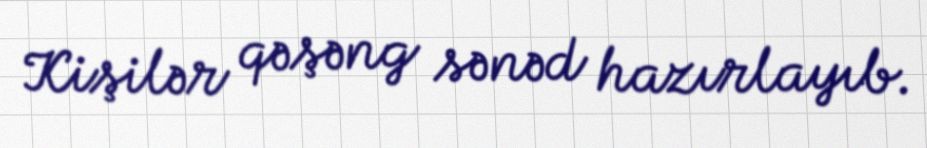
Kişilər qəşəng sənəd hazırlayıb.